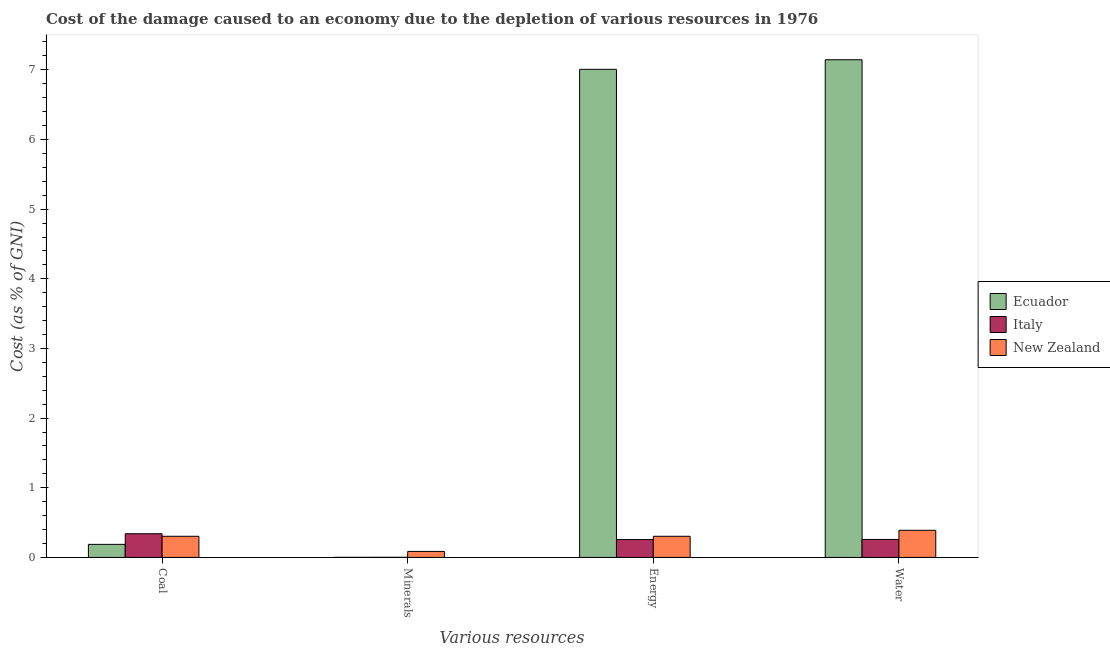
| Various resources | Ecuador | Italy | New Zealand |
 | --- | --- | --- | --- |
 | Coal | 0.188 | 0.34 | 0.303 |
 | Minerals | 0.000971 | 0.00184 | 0.0861 |
 | Energy | 7.01 | 0.256 | 0.304 |
 | Water | 7.14 | 0.258 | 0.39 |